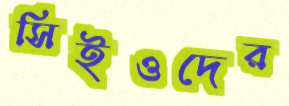
সিইওদের